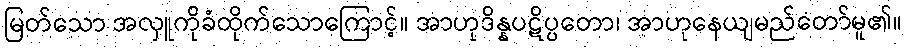
မြတ်သော အလှူကိုခံထိုက်သောကြောင့်။ အာဟုဒိန္နပဋိပ္ပတော၊ အာဟုနေယျမည်တော်မူ၏။